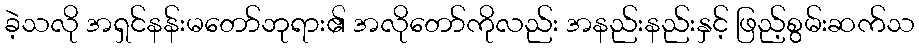
ခဲ့သလို အရှင်နန်းမတော်ဘုရား၏ အလိုတော်ကိုလည်း အနည်းနည်းနှင့် ဖြည့်စွမ်းဆက်သ